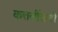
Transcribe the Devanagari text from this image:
कत्तलींसाठी